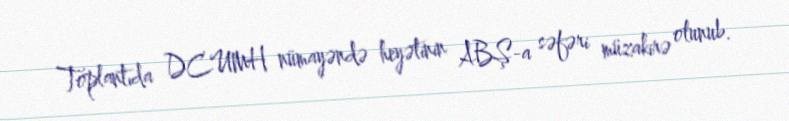
Toplantıda DCUMH nümayəndə heyətinin ABŞ-a səfəri müzakirə olunub.